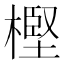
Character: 樫